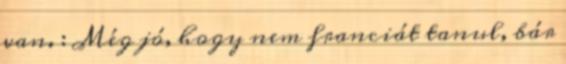
van. : Még jó, hogy nem franciát tanul, bár